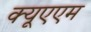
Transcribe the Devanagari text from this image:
क्यूएएम